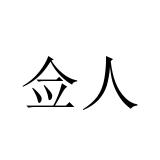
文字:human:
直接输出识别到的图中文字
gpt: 佥人